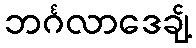
ဘင်္ဂလာဒေချ့်